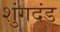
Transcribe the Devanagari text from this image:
शुंगदंड